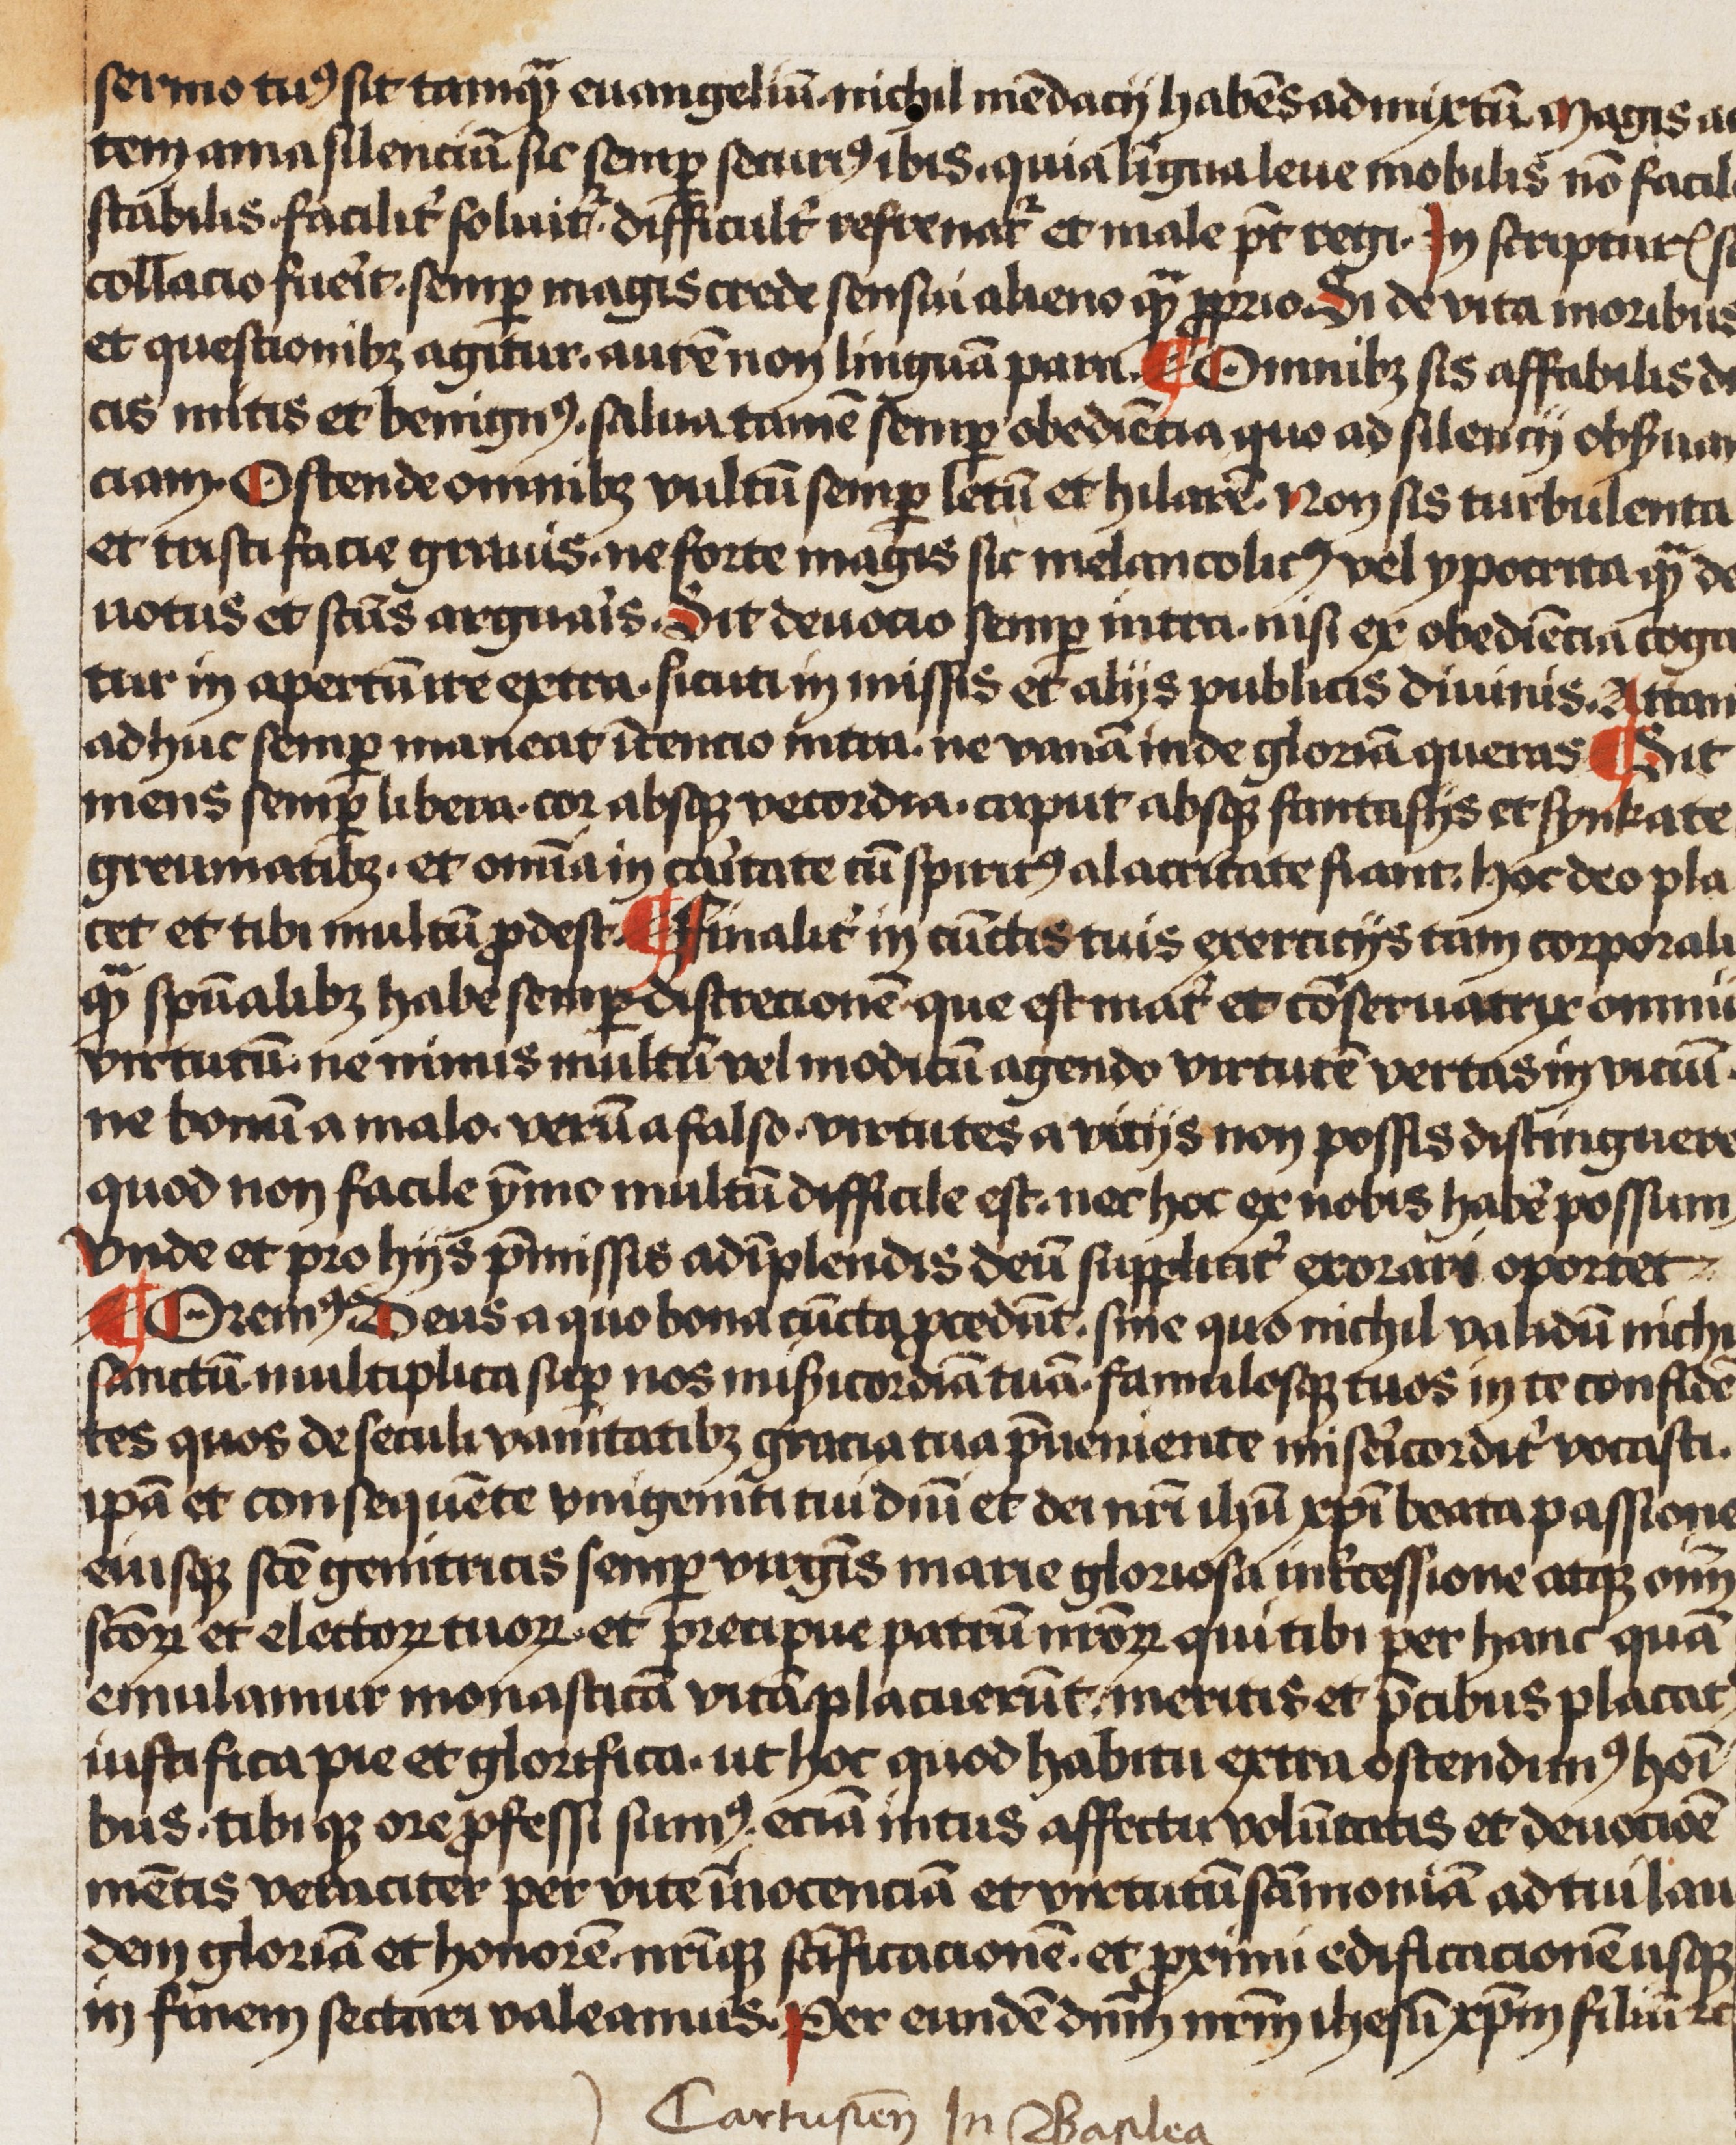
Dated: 1466–1466